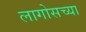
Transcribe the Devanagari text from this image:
लागोसच्या